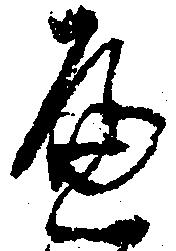
へ